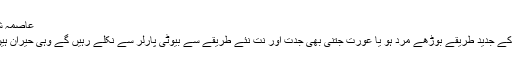
عاصمہ شہزادی, ‏فروری 23, 2016
سولہ سنگھار تو بیوٹی پارلر کے جدید طریقے بوڑھے مرد ہو یا عورت جتنی بھی جدت اور نت نئے طریقے سے بیوٹی پارلر سے نکلے رہیں گے وہی حیران ہیں یار کیا ہوا ہے ان لوگوں کو